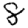
Digit: 8